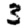
Digit: 3